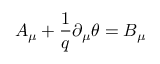
A _ { \mu } + \frac { 1 } { q } \partial _ { \mu } \theta = B _ { \mu }